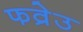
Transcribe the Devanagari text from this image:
फव्रेउ